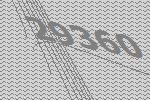
29360